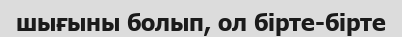
шығыны болып, ол бірте-бірте